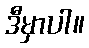
ဒီမှာပါ။